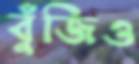
বুঁজিও